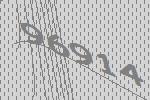
96914